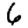
Digit: 6